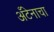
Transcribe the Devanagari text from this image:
अँटेनाचा